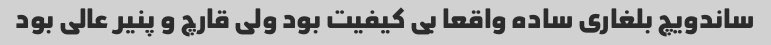
ساندویچ بلغاری ساده واقعا بی کیفیت بود ولی قارچ و پنیر عالی بود